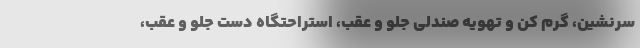
سرنشین، گرم کن و تهویه صندلی جلو و عقب، استراحتگاه دست جلو و عقب،